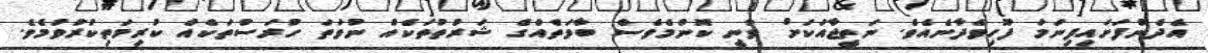
އެދެންފަށައިފިނަމަ ފޫހިވެދާނެއެވެ. ނަތީޖާއަކަށް ވާނީ ކޮންމެވެސް ބާވަތެއްގެ ޝަރުތުތަކެއް ނުވަތަ ހުރަސްތަކެއް ކުރިމަތިކުރުވުމެވެ.